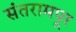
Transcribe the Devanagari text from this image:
संतरामपूर